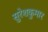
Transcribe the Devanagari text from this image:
सुरेशकुमार